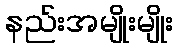
နည်းအမျိုးမျိုး